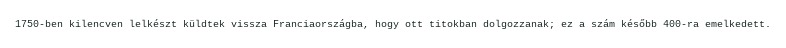
1750-ben kilencven lelkészt küldtek vissza Franciaországba, hogy ott titokban dolgozzanak; ez a szám később 400-ra emelkedett.